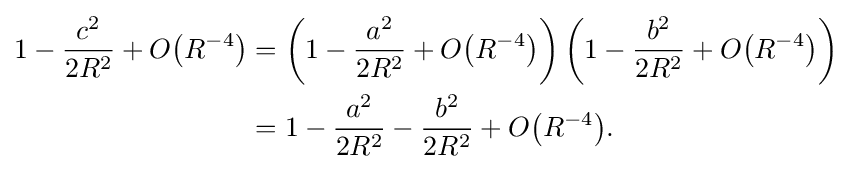
{\begin{aligned}1-{\frac {c^{2}}{2R^{2}}}+O{\left(R^{-4}\right)}&=\left(1-{\frac {a^{2}}{2R^{2}}}+O{\left(R^{-4}\right)}\right)\left(1-{\frac {b^{2}}{2R^{2}}}+O{\left(R^{-4}\right)}\right)\\&=1-{\frac {a^{2}}{2R^{2}}}-{\frac {b^{2}}{2R^{2}}}+O{\left(R^{-4}\right)}.\end{aligned}}